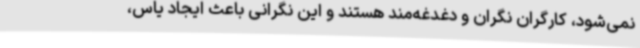
نمی‌شود، کارگران نگران و دغدغه‌مند هستند و این نگرانی باعث ایجاد یاس،